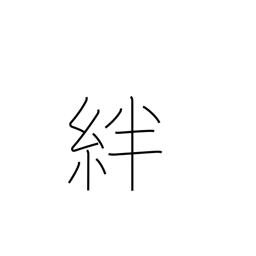
Meaning: fetters